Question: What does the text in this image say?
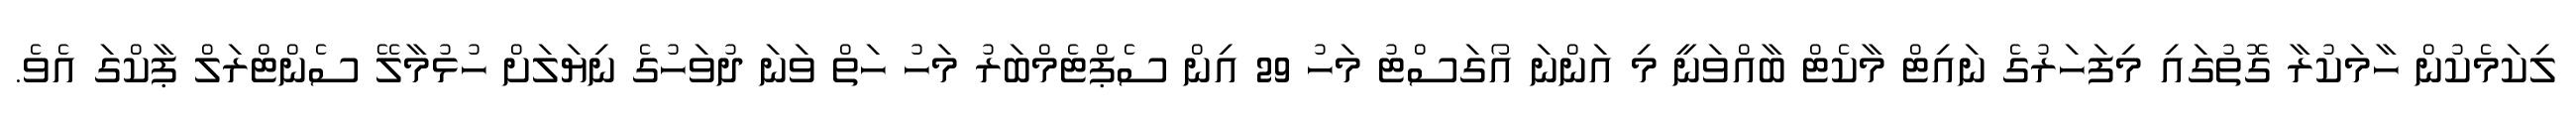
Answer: ލިކަމެކުން ހާމަކުރާ ގޮތުގައި މިފަހަރުގެ ނައިޓް މާކެޓް ބާއްވަނީ މި އަންނަ އޯގަސްޓު މަހު 29 އިން ސެޕްޓެމްބަރު މަހު ހަތް ވަނަ ދުވަހުގެ ނިޔަލަށް ހުޅުމާލޭ ސެންޓްރަލް ޕާކްގަ އެވެ.